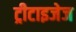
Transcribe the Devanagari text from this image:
ट्रीटाइजेज